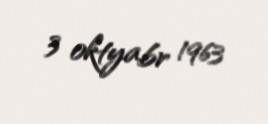
3 oktyabr 1963